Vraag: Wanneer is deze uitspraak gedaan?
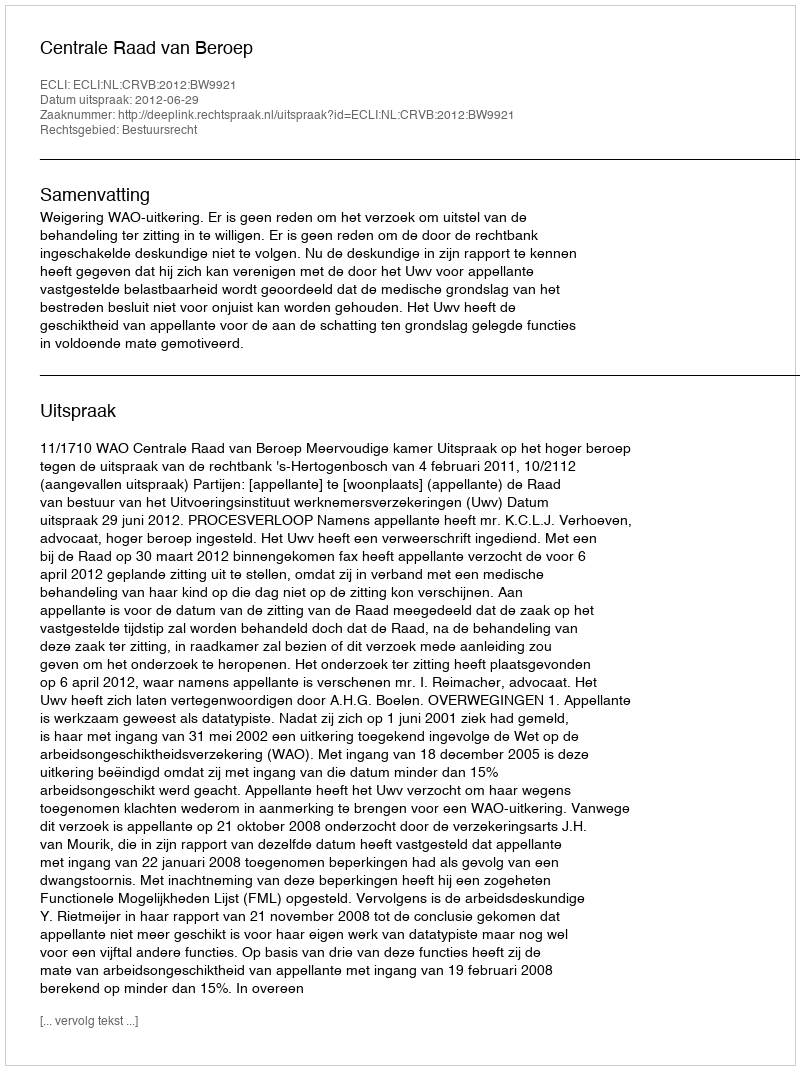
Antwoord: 2012-06-29